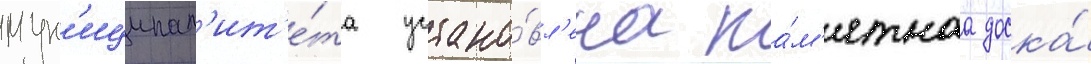
мун'иципал'ит'е́та устано́вл'ена па́м'ятнаа доска́